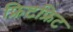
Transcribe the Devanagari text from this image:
फ्रिटफ्रिट